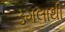
ડગલાથી